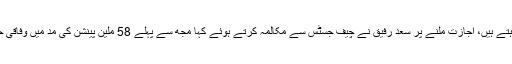
کمرہ عدالت میں موجود خواجہ سعد رفیق نے عدالت سے استدعا کی کہ وہ کچھ کہنا چاہتے ہیں، اجازت ملنے پر سعد رفیق نے چیف جسٹس سے مکالمہ کرتے ہوئے کہا مجھ سے پہلے 58 ملین پینشن کی مد میں وفاقی حکومت دیتی تهی اور میرے دور میں 21 ملین ریلوے نےخود پینشن کی مد میں دیئے۔